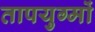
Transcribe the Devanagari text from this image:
तापयुग्मों